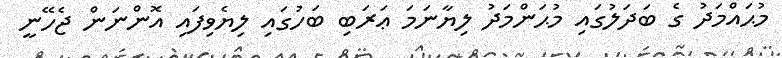
މުޙައްމަދު ގެ ބަދަލުގައި މުޙަންމަދު ލިޔާނަމަ ޢަރަބި ބަހުގައި ލިޔެވިފައި އޮންނަން ޖެހޭނީ